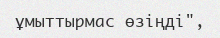
ұмыттырмас өзіңді",